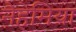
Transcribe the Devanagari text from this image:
नैहेमिया